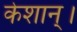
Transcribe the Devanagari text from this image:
केशान्।